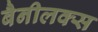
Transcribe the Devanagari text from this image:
बैनीलक्स